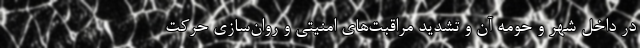
در داخل شهر و حومه آن و تشدید مراقبت‌های امنیتی و روان‌سازی حرکت